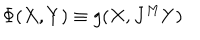
\Phi ( X , Y ) \equiv g ( X , J ^ { M } Y )